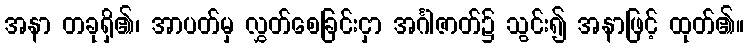
အနာ တခုရှိ၏၊ အာပတ်မှ လွှတ်စေခြင်းငှာ အင်္ဂါဇာတ်၌ သွင်း၍ အနာဖြင့် ထုတ်၏။